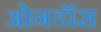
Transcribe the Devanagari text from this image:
ओनडॉस